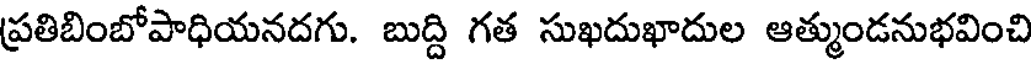
ప్రతిబింబోపాధియనదగు. బుద్ది గత సుఖదుఖాదుల ఆత్ముండనుభవించి